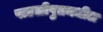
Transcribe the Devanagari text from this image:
पाटलीपुत्रमधील